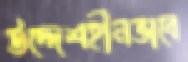
উদ্দেশহীনভাবে